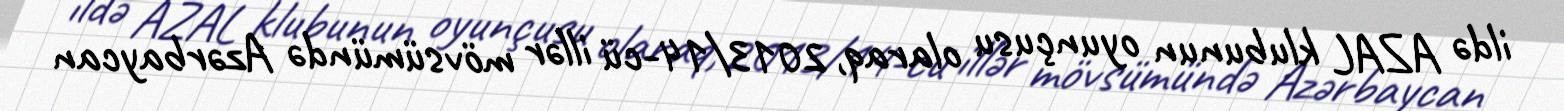
ildə AZAL klubunun oyunçusu olaraq, 2013/14-cü illər mövsümündə Azərbaycan